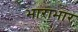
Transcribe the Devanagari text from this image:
भाराभार